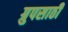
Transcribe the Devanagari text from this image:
ग्रुपसाठी